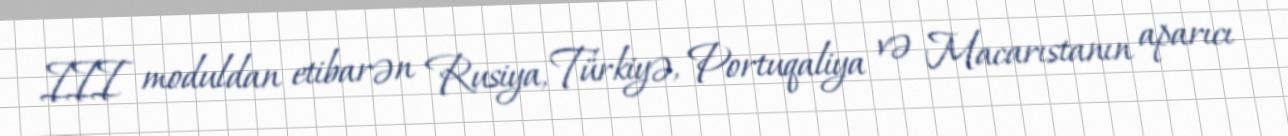
III moduldan etibarən Rusiya, Türkiyə, Portuqaliya və Macarıstanın aparıcı